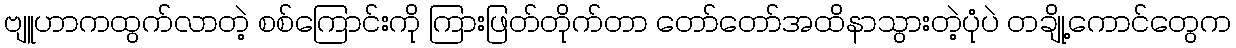
ဗျူဟာကထွက်လာတဲ့ စစ်ကြောင်းကို ကြားဖြတ်တိုက်တာ တော်တော်အထိနာသွားတဲ့ပုံပဲ တချို့ကောင်တွေက